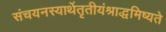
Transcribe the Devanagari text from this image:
संचयनस्यार्थेतृतीयंश्राद्धमिष्यते